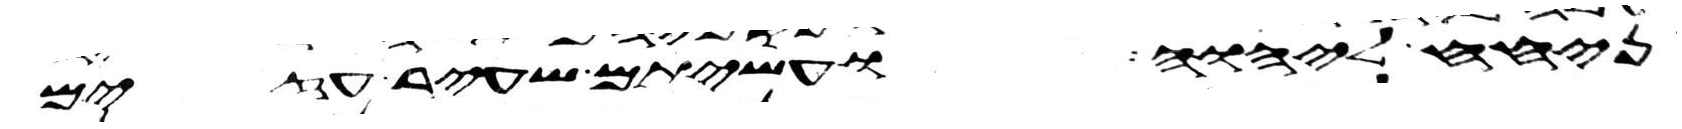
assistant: ניחח ליהוה ועשיתם שעיר עזים